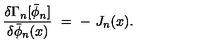
{ \frac { \delta \Gamma _ { n } [ \bar { \phi } _ { n } ] } { \delta \bar { \phi } _ { n } ( x ) } } \ = \ - \ J _ { n } ( x ) . \,